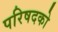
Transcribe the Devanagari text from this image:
परिषदको